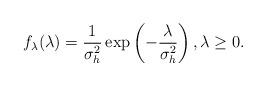
LaTeX: \begin{align*}f_{\lambda}(\lambda)=\frac{1}{\sigma_h^2} \exp\left(-\frac{\lambda}{\sigma_h^2}\right),\lambda \geq 0.\end{align*}